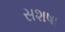
સશષા